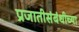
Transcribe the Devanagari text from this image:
प्रजातीसंबंधीच्या